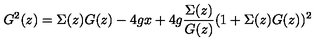
G ^ { 2 } ( z ) = \Sigma ( z ) G ( z ) - 4 g x + 4 g { \frac { \Sigma ( z ) } { G ( z ) } } ( 1 + \Sigma ( z ) G ( z ) ) ^ { 2 }